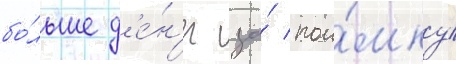
бо́льше д'е́н'ег за́ пои́мку